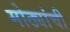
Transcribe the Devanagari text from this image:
मोठ्यांची